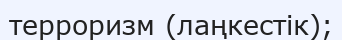
терроризм (лаңкестік);